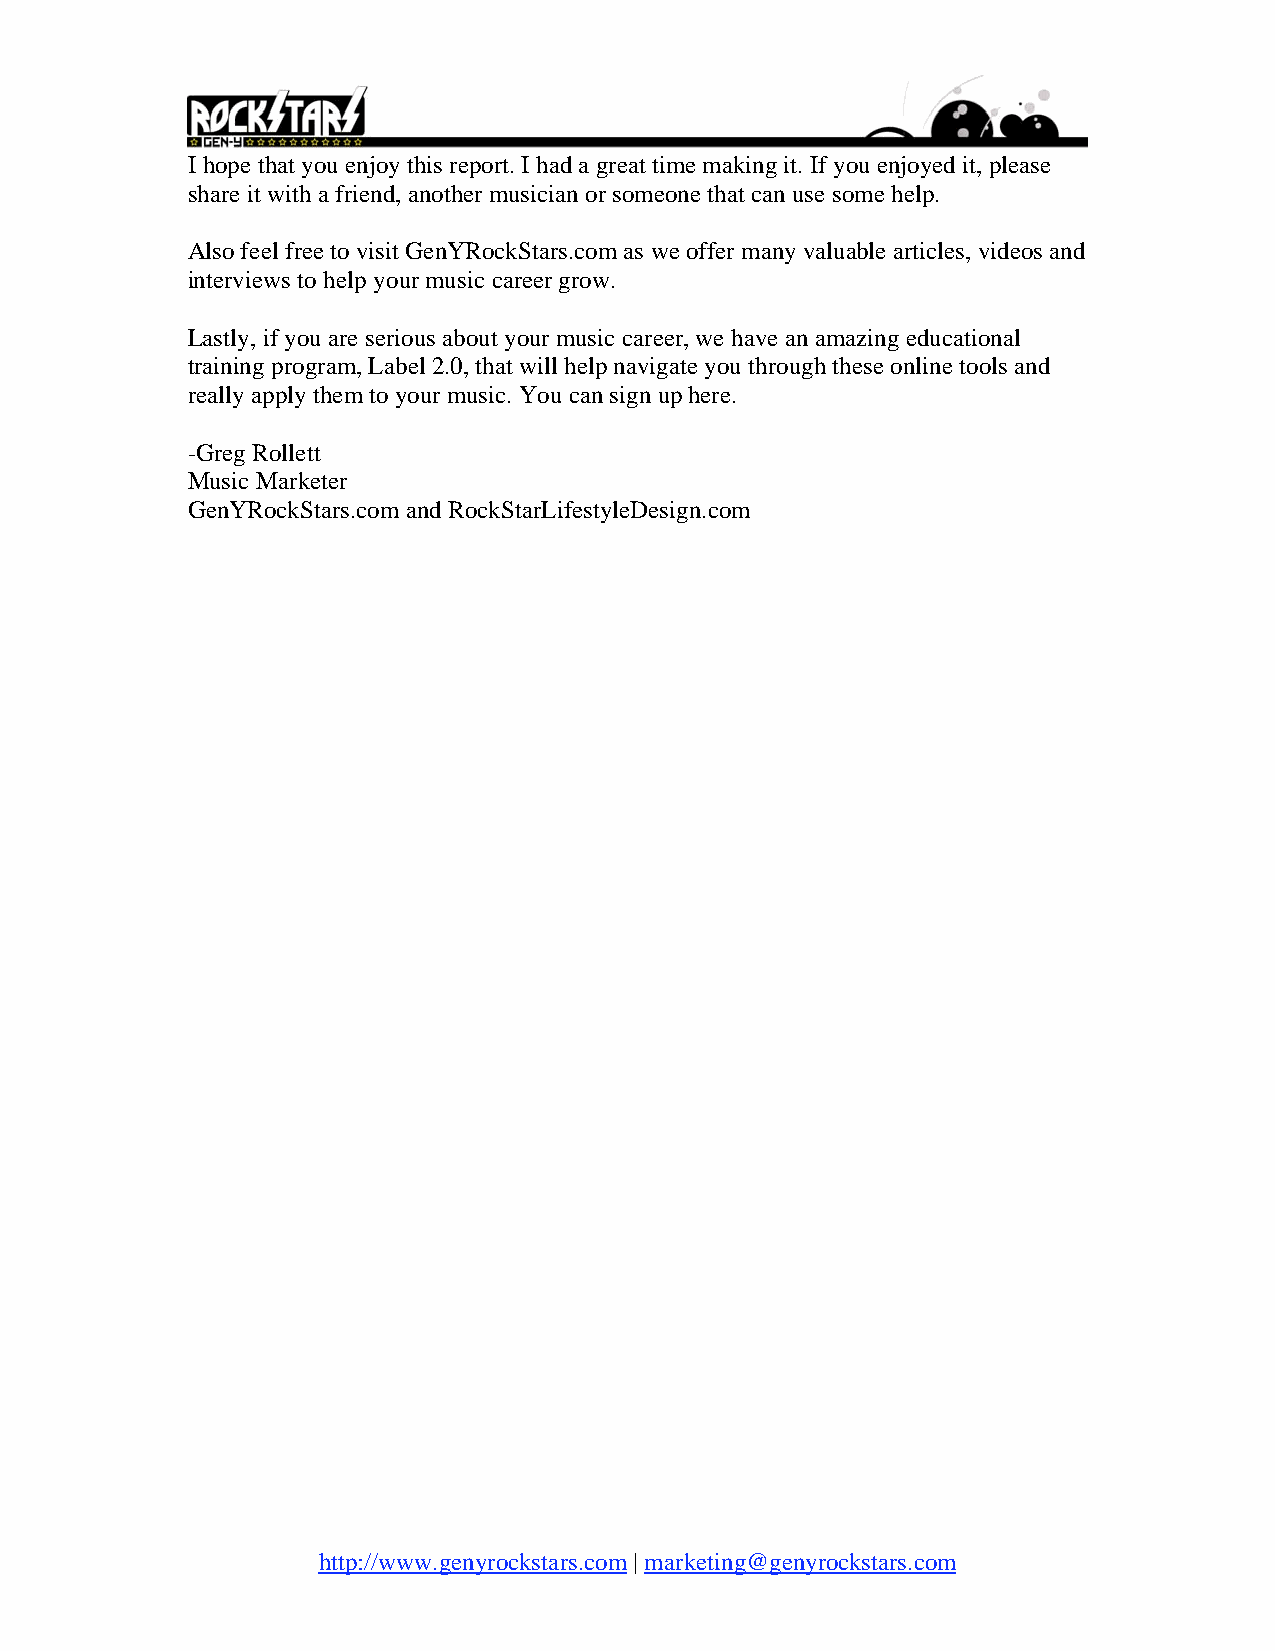
I hope that you enjoy this report. I had a great time making it. If you enjoyed it, please
 share it with a friend, another musician or someone that can use some help.
 Also feel free to visit GenYRockStars.com as we offer many valuable articles, videos and
 interviews to help your music career grow.
 Lastly, if you are serious about your music career, we have an amazing educational
 training program, Label 2.0, that will help navigate you through these online tools and
 really apply them to your music. You can sign up here.
 -Greg Rollett
 Music Marketer
 GenYRockStars.com and RockStarLifestyleDesign.com
 http://www.genyrockstars.com | marketing@genyrockstars.com